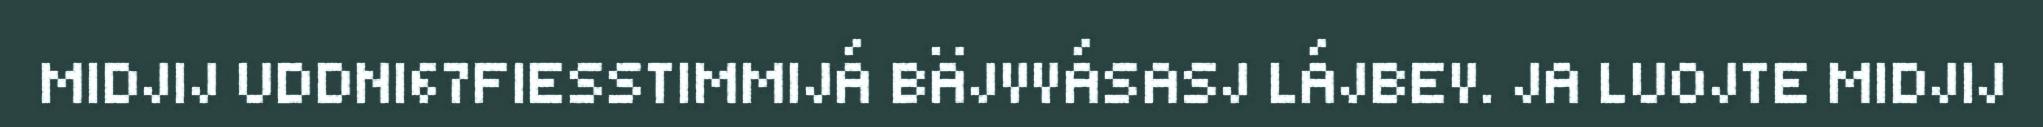
MIDJIJ UDDNI67FIESSTIMMIJÁ BÄJVVÁSASJ LÁJBEV. JA LUOJTE MIDJIJ